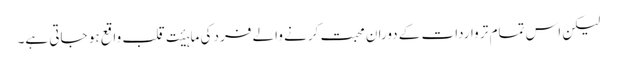
لیکن اس تمام تر واردات کے دوران محبت کرنے والے فرد کی ماہیٔت قلب واقع ہو جاتی ہے۔